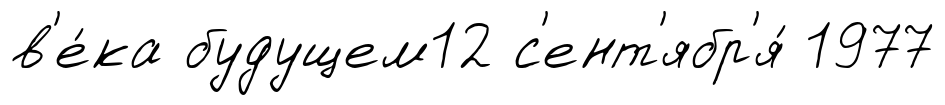
в'е́ка будущем12 с'ент'ябр'я́ 1977